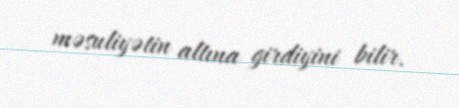
məsuliyətin altına girdiyini bilir.